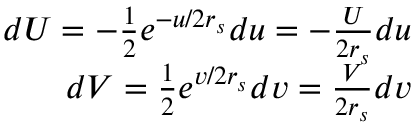
\begin{array} { r } { d U = - \frac { 1 } { 2 } e ^ { - u / 2 r _ { s } } d u = - \frac { U } { 2 r _ { s } } d u } \\ { d V = \frac { 1 } { 2 } e ^ { v / 2 r _ { s } } d v = \frac { V } { 2 r _ { s } } d v } \end{array}